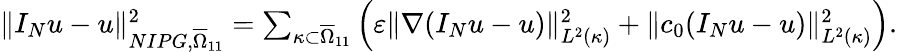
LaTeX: \begin{array}{r}{\Vert I_{N}u-u\Vert_{NIPG,\overline{{\Omega}}_{11}}^{2}=\sum_{\kappa\subset\overline{{\Omega}}_{11}}\left(\varepsilon\Vert\nabla(I_{N}u-u)\Vert_{L^{2}(\kappa)}^{2}+\Vert c_{0}(I_{N}u-u)\Vert_{L^{2}(\kappa)}^{2}\right).}\end{array}